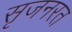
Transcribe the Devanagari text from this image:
सृजनरत